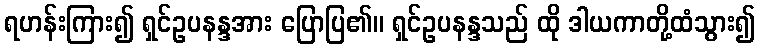
ရဟန်းကြား၍ ရှင်ဥပနန္ဒအား ပြောပြ၏။ ရှင်ဥပနန္ဒသည် ထို ဒါယကာတို့ထံသွား၍